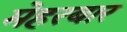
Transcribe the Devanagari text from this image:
मेहरबार